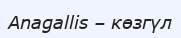
Anagallis – көзгүл